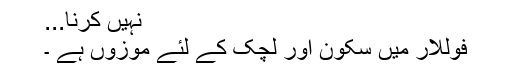
نہيں کرنا...
فوللار میں سکون اور لچک کے لئے موزوں ہے ۔